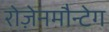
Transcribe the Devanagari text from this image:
रोज़ेनमौन्टेग